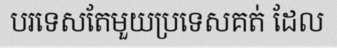
បរទេសតែមួយប្រទេសគត់ ដែល